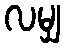
လမျှ